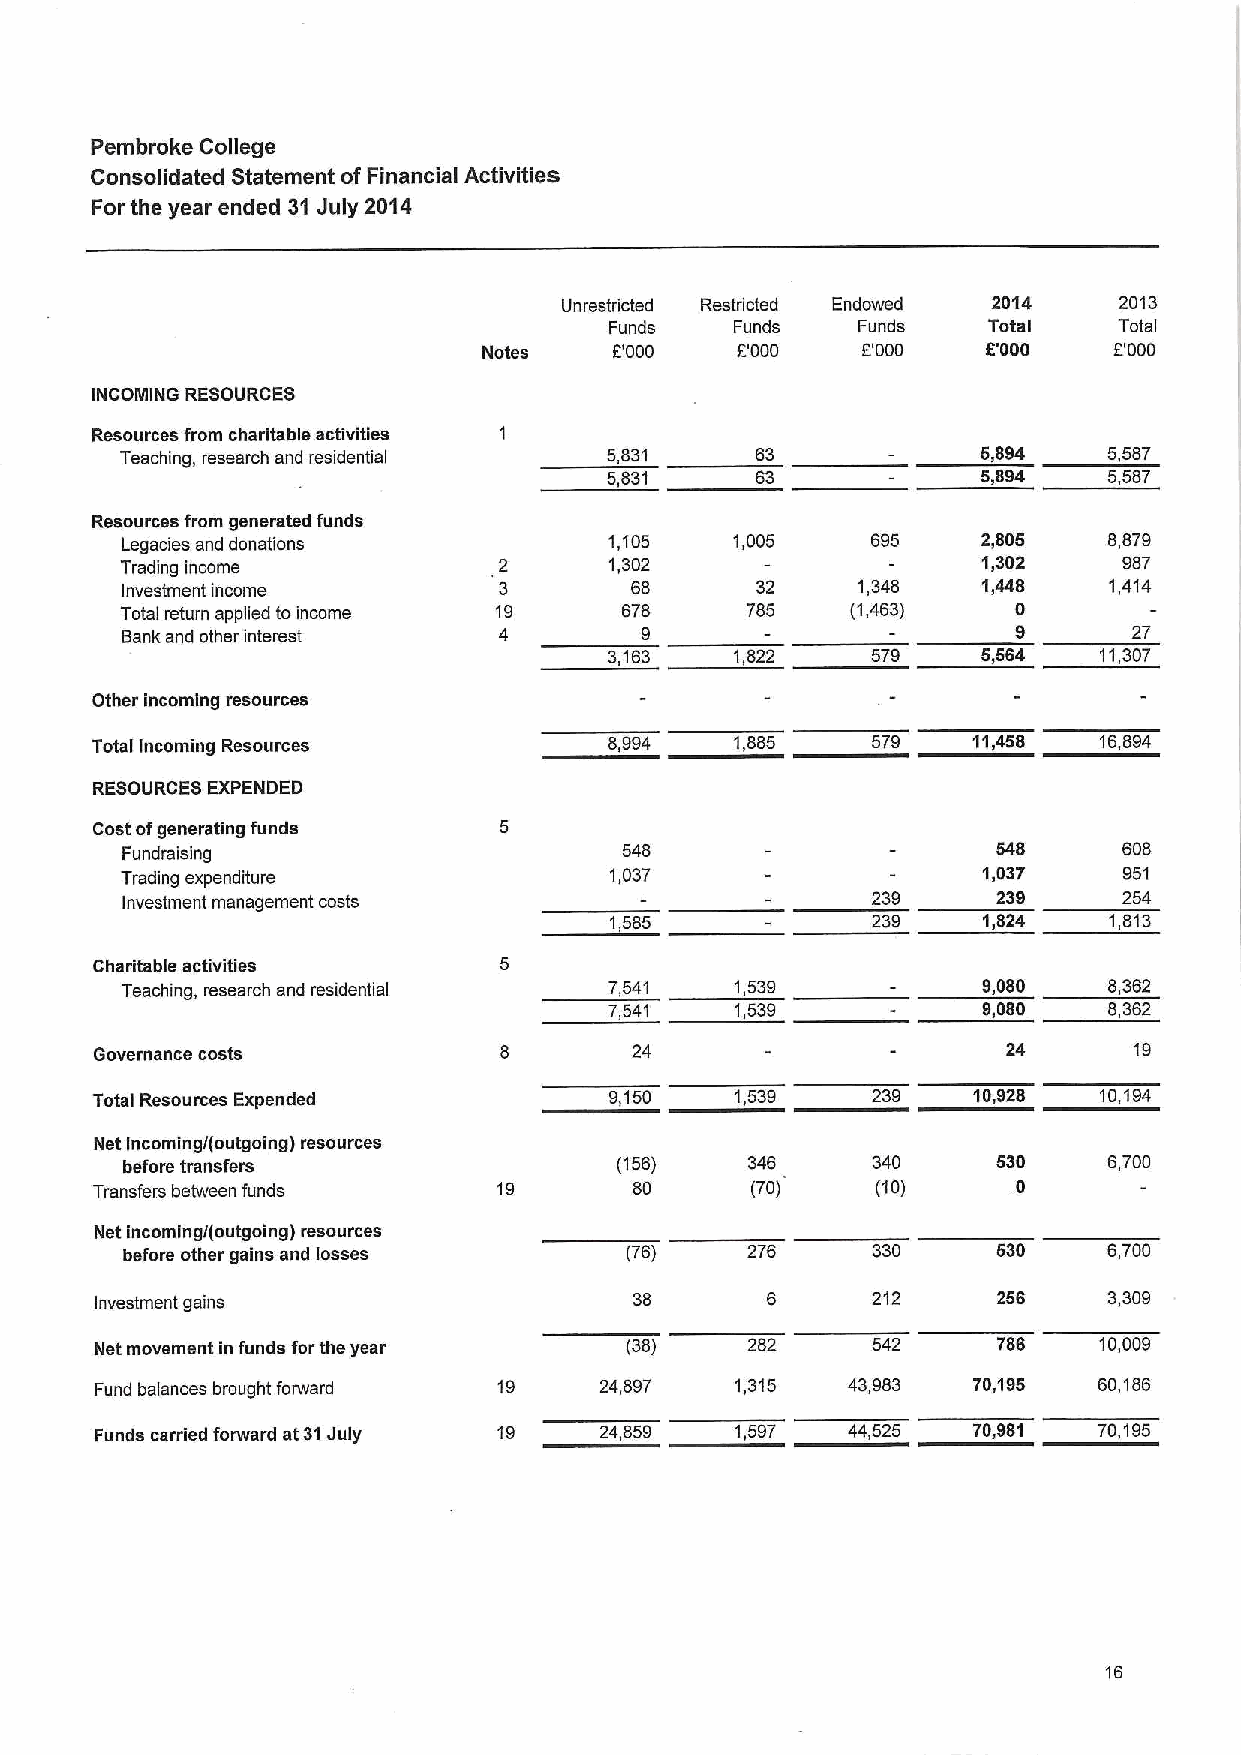
Pembroke College
 Consolidated Statement of Financial Activities
 For the year ended 31July 2014
 Unrestricted Restricted Endowed 2014 2013
 Funds    Funds   Funds   Total    Total
 Notes    E000    F'000   E000    5'000    F'000
 INCOMING RESOURCES
 Resources from charitable activities
 Teaching, research and residential 5,831                 5,894   5,587
 5,831     63             5,894   5,587
 Resources from generated funds
 Legacies and donations          1,105    1,005    695    2,805   8,879
 Trading income           2      1,302                    1,302    987
 Investment income        3        68      32     1,348   1,448   1,414
 Total return applied to income 19 678    785    (1,463)    0
 Sank and other interest  4        9                        9
 3,163    1,822    579    5,564   11,307
 Other incoming resources
 Total Incoming Resources          8,994    1,885    579   11,458   16,894
 RESOURCES EXPENDED
 Cost ofgenerating funds
 548                      548     608
 Fundrai sing
 Trading expenditure             1,037                    1,037    951
 Investment management costs                       239     239     254
 1,585             239    1,824   1,813
 Charitable activities
 Teaching, research and residential 7,541 1,539           9,080   8,362
 7,541    1,539           9,080   8,362
 Governance costs                    24                       24      'I9
 Total Resources Expended          9,150    1,539          10,928   10,194
 Net incomingi(outgoing) resources
 before transfers                 (156)    346     340     530    6,700
 Transfers between funds    19       80      (70)    (10)     0
 Net incomingi(outgoing) resources
 before other gains and losses    (76)    276      330     530    6,700
 Investment gains                    38       6      212     256    3,309
 Net movement in funds forthe year  (38)    282      542     786    10,009
 Fund balances brought forward 19  24,897   1,315  43,983  70,195   60,186
 Funds carried forward at31July 19 24,859   1,597  44,525  70,981   70,195
 16